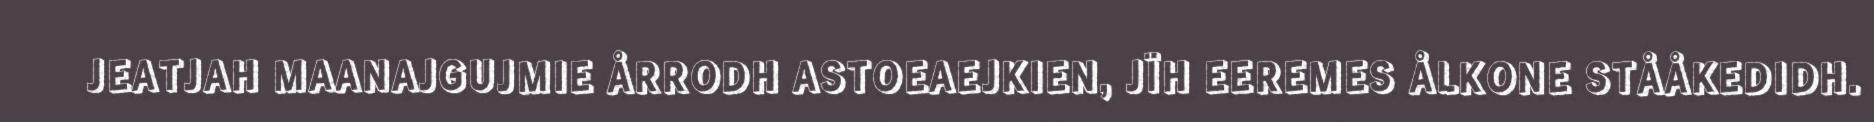
JEATJAH MAANAJGUJMIE ÅRRODH ASTOEAEJKIEN, JÏH EEREMES ÅLKONE STÅÅKEDIDH.